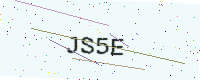
Text: JS5E